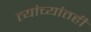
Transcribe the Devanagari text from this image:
त्यांच्यांतही